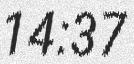
14:37